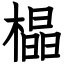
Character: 橸